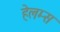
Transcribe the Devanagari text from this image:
हेलम्स